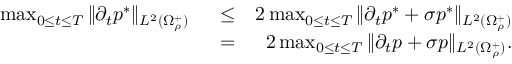
\begin{array} { r l r } { \operatorname* { m a x } _ { 0 \leq t \leq T } \| \partial _ { t } p ^ { * } \| _ { L ^ { 2 } ( \Omega _ { \rho } ^ { + } ) } \; \; } & { \leq } & { 2 \operatorname* { m a x } _ { 0 \leq t \leq T } \| \partial _ { t } p ^ { * } + \sigma p ^ { * } \| _ { L ^ { 2 } ( \Omega _ { \rho } ^ { + } ) } } \\ & { = } & { 2 \operatorname* { m a x } _ { 0 \leq t \leq T } \| \partial _ { t } p + \sigma p \| _ { L ^ { 2 } ( \Omega _ { \rho } ^ { + } ) } . } \end{array}